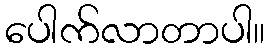
ပေါက်လာတာပါ။